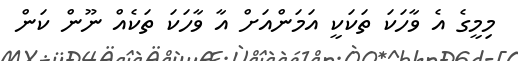
މިމީގެ އެ ވާހަކަ ތަކަކީ އަމަންއަށް އާ ވާހަކަ ތަކެއް ނޫން ކަން